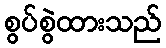
စွပ်စွဲထားသည်